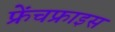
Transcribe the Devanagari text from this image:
फ्रेंचफ्राइस